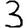
Digit: 3